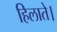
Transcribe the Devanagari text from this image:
हिलाते।